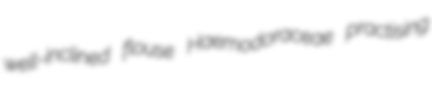
well-inclined flouse Haemodoraceae practising